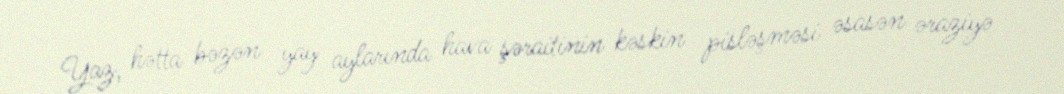
Yaz, hətta bəzən yay aylarında hava şəraitinin kəskin pisləşməsi əsasən əraziyə